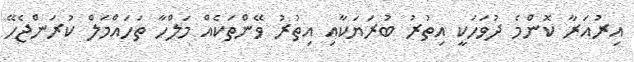
އިރުއަރާ ކޮންމެ ދުވަހަކީ އިތުރު ބުރަޔަކާއި އިތުރު ވޭންތަކެއް މަލްހާ ތަހައްމަލް ކުރަންޖެހޭ